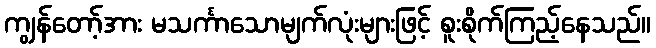
ကျွန်တော့်အား မသင်္ကာသောမျက်လုံးများဖြင့် စူးစိုက်ကြည့်နေသည်။